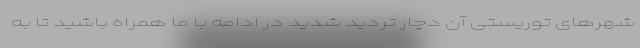
شهرهای توریستی آن دچار تردید شدید در ادامه با ما همراه باشید تا به